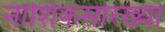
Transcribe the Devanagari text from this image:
नाशिकसारख्या